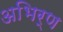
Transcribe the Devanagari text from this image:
अभिर्ण